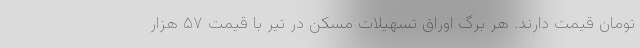
تومان قیمت دارند. هر برگ اوراق تسهیلات مسکن در تیر با قیمت ۵۷ هزار